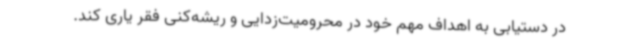
در دستیابی به اهداف مهم خود در محرومیت‌زدایی و ریشه‌کنی فقر یاری کند.